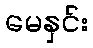
မေနှင်း